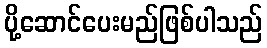
ပို့ဆောင်ပေးမည်ဖြစ်ပါသည်